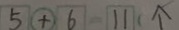
\boxed { 5 } \textcircled { + } \boxed { 6 } = \boxed { 1 1 } ( \uparrow